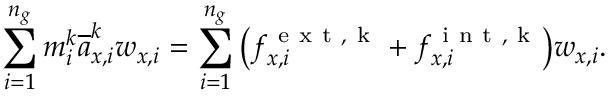
\sum _ { i = 1 } ^ { n _ { g } } m _ { i } ^ { k } \overline { { a } } _ { x , i } ^ { k } w _ { x , i } = \sum _ { i = 1 } ^ { n _ { g } } \big ( f _ { x , i } ^ { \mathrm { ~ e ~ x ~ t ~ , ~ k ~ } } + f _ { x , i } ^ { \mathrm { ~ i ~ n ~ t ~ , ~ k ~ } } \big ) w _ { x , i } .